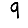
Digit: 9